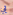
بي